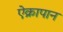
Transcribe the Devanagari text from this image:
ऐक्रापान